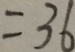
= 3 6